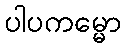
ပါပကမ္မော